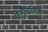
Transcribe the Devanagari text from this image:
वेन्गुर्ल्यामार्गे